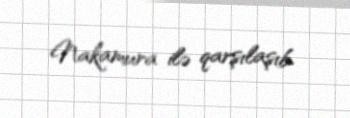
Nakamura ilə qarşılaşıb.